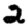
Digit: 2